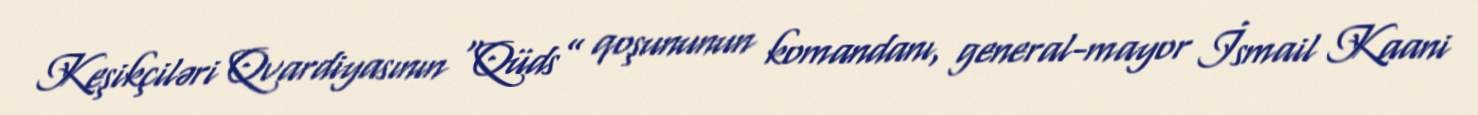
Keşikçiləri Qvardiyasının “Qüds” qoşununun komandanı, general-mayor İsmail Kaani